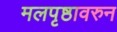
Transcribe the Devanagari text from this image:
मलपृष्ठावरुन